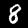
Label: 8